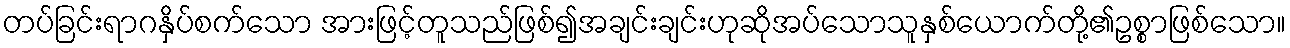
တပ်ခြင်းရာဂနှိပ်စက်သော အားဖြင့်တူသည်ဖြစ်၍အချင်းချင်းဟုဆိုအပ်သောသူနှစ်ယောက်တို့၏ဥစ္စာဖြစ်သော။